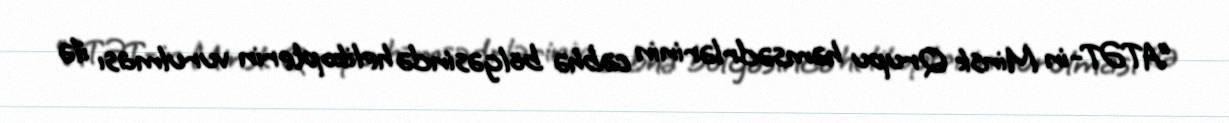
“ATƏT-in Minsk Qrupu həmsədrlərinin cəbhə bölgəsində helikopterin vurulması ilə